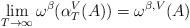
LaTeX: \begin{align*}\lim_{T\to\infty} \omega^\beta(\alpha^V_T(A)) =\omega^{\beta,V}(A)\end{align*}